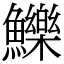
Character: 鱳